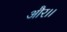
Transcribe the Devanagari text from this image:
और।।